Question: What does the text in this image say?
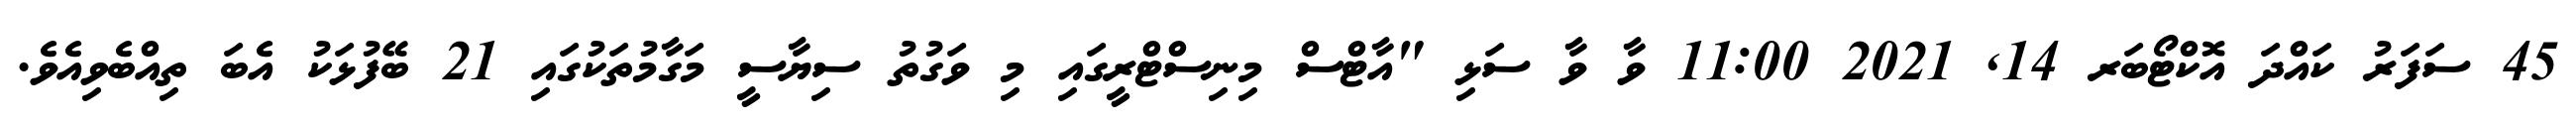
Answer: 45 ސަފަރު ކައްދަ އޮކްޓޯބަރ 14, 2021 11:00 ވާ ވާ ސަޅި "އާޓްސް މިނިސްޓްރީގައި މި ވަގުތު ސިޔާސީ މަގާމުތަކުގައި 21 ބޭފުޅަކު އެބަ ތިއްބެވިއެވެ.